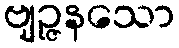
ဗျဉ္ဇနသော